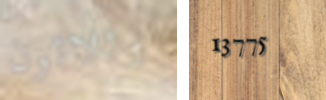
وثلاثون 13775